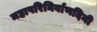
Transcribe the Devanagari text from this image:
महापरिनिर्वाणदिनी